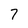
Character: 7